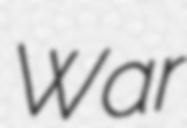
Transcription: War